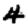
Digit: 4